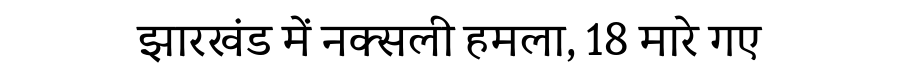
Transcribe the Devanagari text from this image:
झारखंड में नक्सली हमला, 18 मारे गए